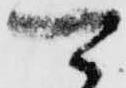
可